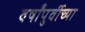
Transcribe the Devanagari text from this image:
वर्षांपुर्वीच्या